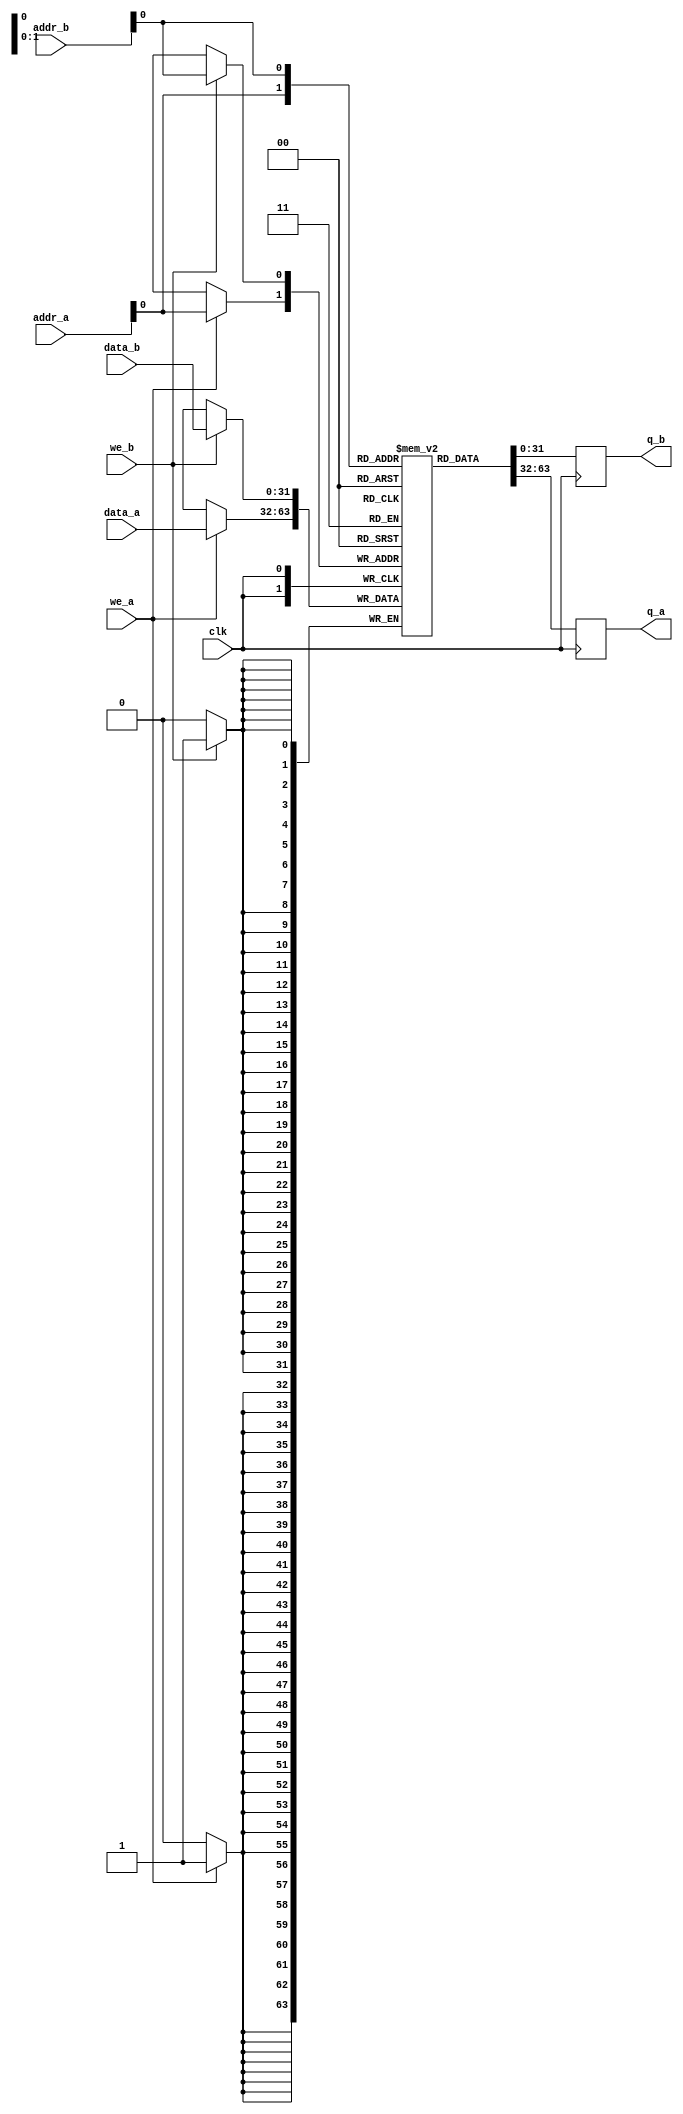
`timescale 1ns / 1ps
//////////////////////////////////////////////////////////////////////////////////
// Company: 
// Engineer: 
// 
// Design Name: 
// Module Name:    dpram_l 
// Project Name: 
// Target Devices: 
// Tool versions: 
// Description: 
//
// Dependencies: 
//
// Revision: 
// Revision 0.01 - File Created
// Additional Comments: 
//
//////////////////////////////////////////////////////////////////////////////////
module dpram
#(
parameter DATA_WIDTH = 32,
parameter ADDR_WIDTH = 5,
parameter LEVEL = 1
)
(
	input clk,
//port a
	input [DATA_WIDTH-1:0] data_a,
	input we_a,
	input [ADDR_WIDTH-1:0] addr_a,
	output reg [DATA_WIDTH-1:0] q_a,
//port b	
	input [DATA_WIDTH-1:0] data_b,
	input we_b,
	input [ADDR_WIDTH-1:0] addr_b,
	output reg [DATA_WIDTH-1:0] q_b
 );
(* ram_style = "block" *)
	localparam MEM_SIZE = 1<<LEVEL;
	reg [DATA_WIDTH-1:0] ram[MEM_SIZE-1:0];  //body of the RAM	
generate
	if (MEM_SIZE==1) begin
		reg [DATA_WIDTH-1:0] ram;
		always@(posedge clk) begin
			if (we_a) begin
				q_a <= data_a;
				q_b <= data_a;
				ram <= data_a;
			end
			else if (we_b) begin
				q_a <= data_b;
				q_b <= data_b;
				ram <= data_b;
			end
			else begin
				q_a <= ram;
				q_b <= ram;
			end
		end
	end
	else begin	
		always@(posedge clk) begin		
			if (we_a) begin
				ram[addr_a] <= data_a;
			end
				q_a <= ram[addr_a];
		end
		always@(posedge clk) begin
			if (we_b) begin
				ram[addr_b] <= data_b;
			end
			q_b <= ram[addr_b];
		end
	end
endgenerate

endmodule